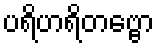
ပရိဟရိတဗ္ဗော